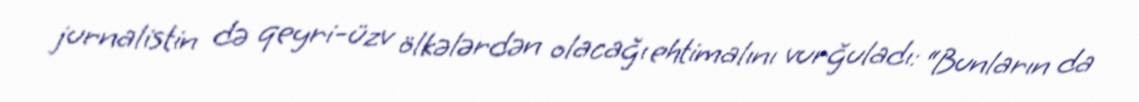
jurnalistin də qeyri-üzv ölkələrdən olacağı ehtimalını vurğuladı: “Bunların da